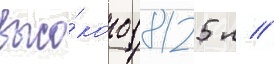
высо́кого (8125 л //